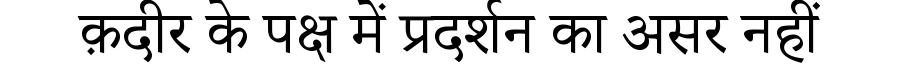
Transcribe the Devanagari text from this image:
क़दीर के पक्ष में प्रदर्शन का असर नहीं